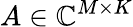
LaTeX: A\in\mathbb{C}^{M\times K}